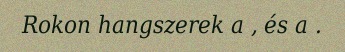
Rokon hangszerek a , és a .